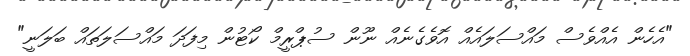
"އެހެން އެއްވެސް މައްސަލައެއް އޮވެގެނެއް ނޫން ސުޕްރީމް ކޯޓުން މިފަދަ މައްސަލަތައް ބަލަނީ"